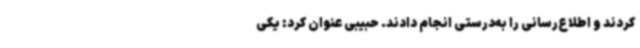
کردند و اطلاع‌رسانی را به‌درستی انجام دادند. حبیبی عنوان کرد: یکی